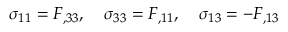
\sigma _ { 1 1 } = F _ { , 3 3 } , \quad \sigma _ { 3 3 } = F _ { , 1 1 } , \quad \sigma _ { 1 3 } = - F _ { , 1 3 }